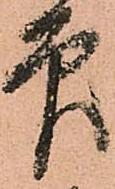
印